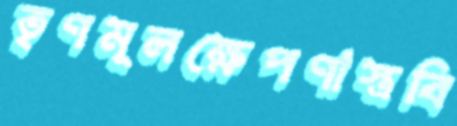
তৃণমূলক্ষেপণাস্ত্রবি